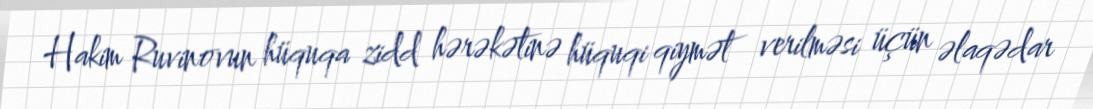
Hakim Ruvinovun hüquqa zidd hərəkətinə hüquqi qiymət verilməsi üçün əlaqədar